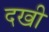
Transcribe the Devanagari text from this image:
दखी